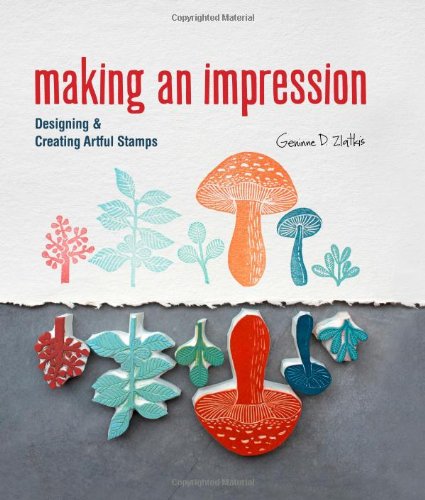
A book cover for Making an Impression: Designing & Creating Artful Stamps; Geninne Zlatkis; Arts & Photography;